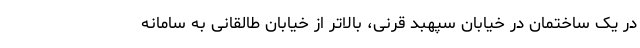
در یک ساختمان در خیابان سپهبد قرنی، بالاتر از خیابان طالقانی به سامانه